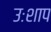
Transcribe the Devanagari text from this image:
उःशाप